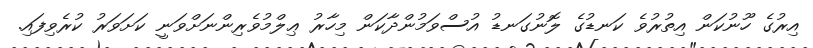
އިރުގެ ހޫނުކަން އިތުރުވެ ކަނޑުގެ ލޮނުގަނޑު އުސްވަމުންދާކަން މިހާރު ޢިލްމުވެރިންނަށްވަނީ ކަށަވަރު ކުރެވިފައި.